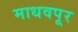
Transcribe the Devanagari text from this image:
माधवपूर